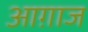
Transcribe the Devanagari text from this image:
आग़ाज